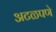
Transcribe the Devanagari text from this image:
अटळपणे